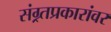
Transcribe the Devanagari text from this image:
संग्र्र्तप्रकारांवर